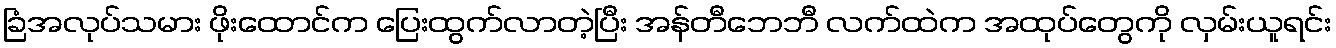
ခြံအလုပ်သမား ဖိုးထောင်က ပြေးထွက်လာတဲ့ပြီး အန်တီဘေဘီ လက်ထဲက အထုပ်တွေကို လှမ်းယူရင်း